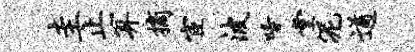
圭止算摘宦波唾堂泥遒